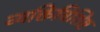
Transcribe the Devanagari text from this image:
व्यक्तिविशिष्ट